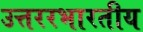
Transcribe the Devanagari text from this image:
उत्तररभारतीय